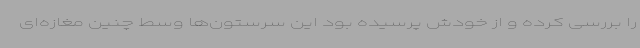
را بررسی کرده و از خودش پرسیده بود این سرستون‌ها وسط چنین مغازه‌ای